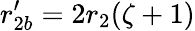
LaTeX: r_{2b}^{\prime}=2r_{2}(\zeta+1)